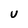
Character: U